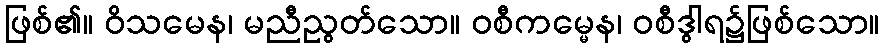
ဖြစ်၏။ ဝိသမေန၊ မညီညွတ်သော။ ဝစီကမ္မေန၊ ဝစီဒွါရ၌ဖြစ်သော။